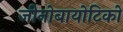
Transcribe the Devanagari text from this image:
जीनोबायोटिकों